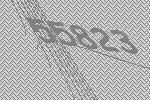
55823